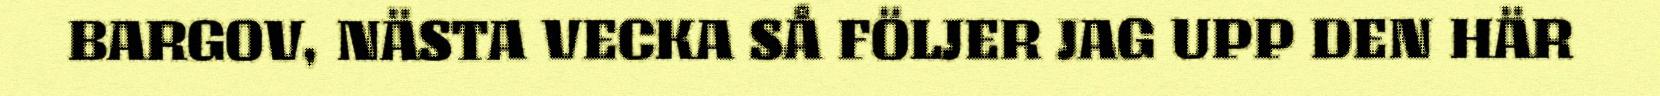
BARGOV, NÄSTA VECKA SÅ FÖLJER JAG UPP DEN HÄR